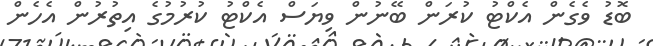
ބޮޑު ވެގެން އެކްޓު ކުރަން ބޭނުން ވިޔަސް އެކްޓު ކުރުމުގެ އިތުރުން އެހެން